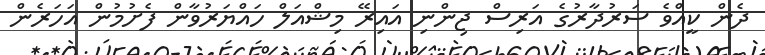
ދެން ކީއްވެ ސަރުދާރުގެ އަރިސް ޖިންނި އައިރޭ މިޝްއަލް ހައްޔަރުވާން ފެށުމުން އަހަރެން